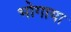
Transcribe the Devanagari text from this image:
भोगाया